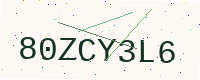
Text: 80ZCY3L6